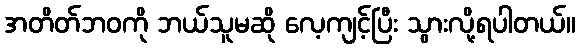
အတိတ်ဘဝကို ဘယ်သူမဆို လေ့ကျင့်ပြီး သွားလို့ရပါတယ်။